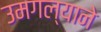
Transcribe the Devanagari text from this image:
उमगल्याने